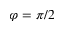
\varphi = \pi / 2